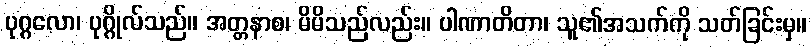
ပုဂ္ဂလော၊ ပုဂ္ဂိုလ်သည်။ အတ္တနာစ၊ မိမိသည်လည်း။ ပါဏာတိတာ၊ သူ၏အသက်ကို သတ်ခြင်းမှ။